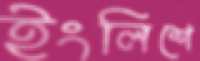
ইংলিশে